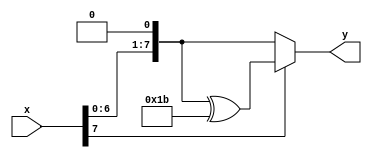
module xtime (
	output [7:0] y,
	input [7:0] x
	);
	
	wire [7:0] w;
	assign w = x << 1;
	//MUX MUX_1(.A(w), .B(w ^ 8'h1B), .S(x[7]), .O(y));
	/*MUX
		#(
			.N(8)
		)
		MUX_1
		(
			.A(w),
			.B(w ^ 8'h1B),
			.S(x[7]),
			.O(y)
		);*/
	assign y = x[7]? w ^ 8'h1B : w;
	

endmodule